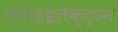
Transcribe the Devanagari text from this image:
एनोडइलेक्ट्रान